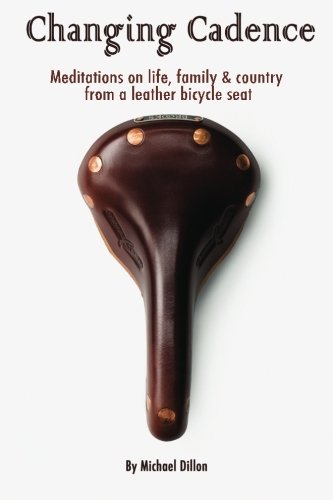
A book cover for Changing Cadence: Meditations on Life, Family and Country from a Leather Bicycle Seat; Michael A. Dillon; Travel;